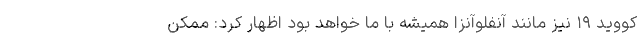
کووید ۱۹ نیز مانند آنفلوآنزا همیشه با ما خواهد بود اظهار کرد: ممکن